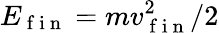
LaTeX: E_{\mathrm{~f~i~n~}}=mv_{\mathrm{~f~i~n~}}^{2}/2